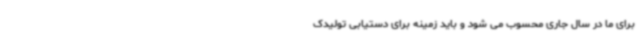
برای ما در سال جاری محسوب می شود و باید زمینه برای دستیابی تولیدک